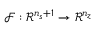
\mathcal { F } : \mathcal { R } ^ { n _ { s } + 1 } \rightarrow \mathcal { R } ^ { n _ { z } }